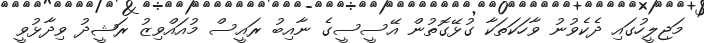
މަޖިލީހުގައި ދެކެވުނު ވާހަކަތަކާ ގުޅޭގޮތުން އޭސީސީގެ ނާއިބު ރައީސް މުއައްވިޒު ރަޝީދު ވިދާޅުވީ